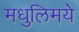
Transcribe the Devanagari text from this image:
मधुलिमये